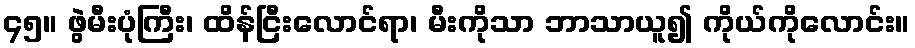
၄၅။ ဖွဲမီးပုံကြီး၊ ထိန်ငြီးလောင်ရာ၊ မီးကိုသာ ဘာသာယူ၍ ကိုယ်ကိုလောင်း။